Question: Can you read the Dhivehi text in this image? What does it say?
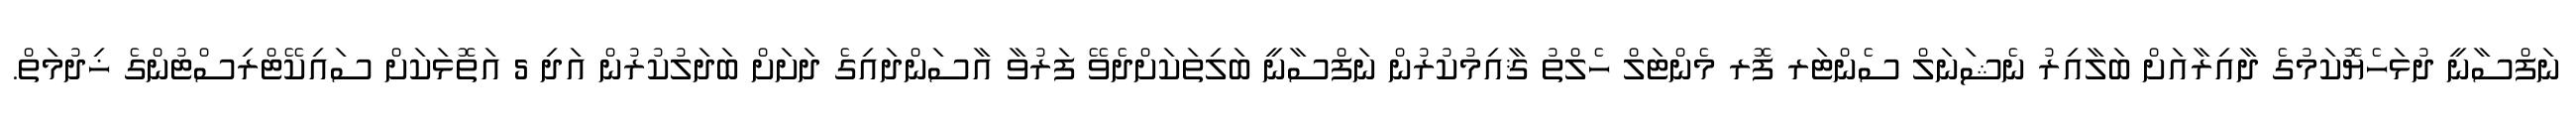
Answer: ނަފްސާނީ ދުޅަހެޔޮކަމުގެ ދާއިރާއަށް ބަލާއިރު ނެޝަނަލް ސެންޓަރ ފޮރ މެންޓަލް ހެލްތު ޤާއިމުކުރުން ނަފްސާނީ ބަލިތަކަށްދެވޭ ފަރުވާ އާސަންދައިގެ ދަށަށް ބަދަލުކުރުން އަދި 5 އަތޮޅަކަށް ސައިކޭޓްރިސްޓުންގެ ޚިދުމަތް.